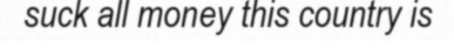
suck all money this country is